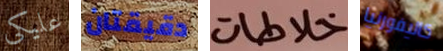
عليكي دقيقتان خلاطات كاليفورنيا